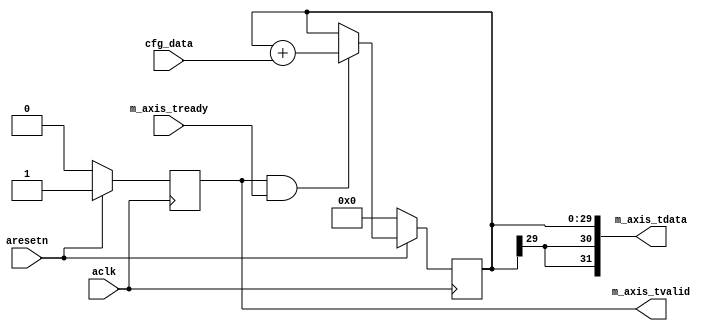
////////////////////////////////////////////////////////////////////////////////
// 
//  Copyright (c) 2018, Darryl Ring.
// 
//  This program is free software: you can redistribute it and/or modify it
//  under the terms of the GNU General Public License as published by the Free
//  Software Foundation, either version 3 of the License, or (at your option)
//  any later version.
//
//  This program is distributed in the hope that it will be useful, but WITHOUT
//  ANY WARRANTY; without even the implied warranty of MERCHANTABILITY or
//  FITNESS FOR A PARTICULAR PURPOSE. See the GNU General Public License for
//  more details.
//
//  You should have received a copy of the GNU General Public License along with
//  this program; if not, see <https://www.gnu.org/licenses/>.
//
//  Additional permission under GNU GPL version 3 section 7:
//  If you modify this program, or any covered work, by linking or combining it
//  with independent modules provided by the FPGA vendor only (this permission
//  does not extend to any 3rd party modules, "soft cores" or macros) under
//  different license terms solely for the purpose of generating binary
//  "bitstream" files and/or simulating the code, the copyright holders of this
//  program give you the right to distribute the covered work without those
//  independent modules as long as the source code for them is available from
//  the FPGA vendor free of charge, and there is no dependence on any encrypted
//  modules for simulating of the combined code. This permission applies to you
//  if the distributed code contains all the components and scripts required to
//  completely simulate it with at least one of the Free Software programs.
//
////////////////////////////////////////////////////////////////////////////////


`timescale 1 ns / 1 ps

module axis_phase_generator #
(
  parameter integer AXIS_TDATA_WIDTH = 32,
  parameter integer PHASE_WIDTH = 30
)
(
  // System signals
  input  wire                        aclk,
  input  wire                        aresetn,

  input  wire [PHASE_WIDTH-1:0]      cfg_data,

  // Master side
  input  wire                        m_axis_tready,
  output wire [AXIS_TDATA_WIDTH-1:0] m_axis_tdata,
  output wire                        m_axis_tvalid
);

  reg [PHASE_WIDTH-1:0] int_cntr_reg = 0, int_cntr_next;
  reg int_enbl_reg = 1'b0, int_enbl_next;

  always @(posedge aclk)
  begin
    if(~aresetn)
    begin
      int_cntr_reg <= {(PHASE_WIDTH){1'b0}};
      int_enbl_reg <= 1'b0;
    end
    else
    begin
      int_cntr_reg <= int_cntr_next;
      int_enbl_reg <= int_enbl_next;
    end
  end

  always @*
  begin
    int_cntr_next = int_cntr_reg;
    int_enbl_next = int_enbl_reg;

    if(~int_enbl_reg)
    begin
      int_enbl_next = 1'b1;
    end

    if(int_enbl_reg & m_axis_tready)
    begin
      int_cntr_next = int_cntr_reg + cfg_data;
    end
  end

  assign m_axis_tdata = {{(AXIS_TDATA_WIDTH-PHASE_WIDTH){int_cntr_reg[PHASE_WIDTH-1]}}, int_cntr_reg};
  assign m_axis_tvalid = int_enbl_reg;

endmodule